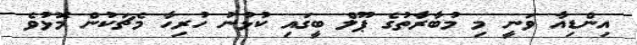
އިންޑިއާ ވަނީ މި މުބާރާތުގެ ޕޫލް ބީގައި ކުޅުނު ހުރިހާ މެޗަކުން މޮޅުވެ